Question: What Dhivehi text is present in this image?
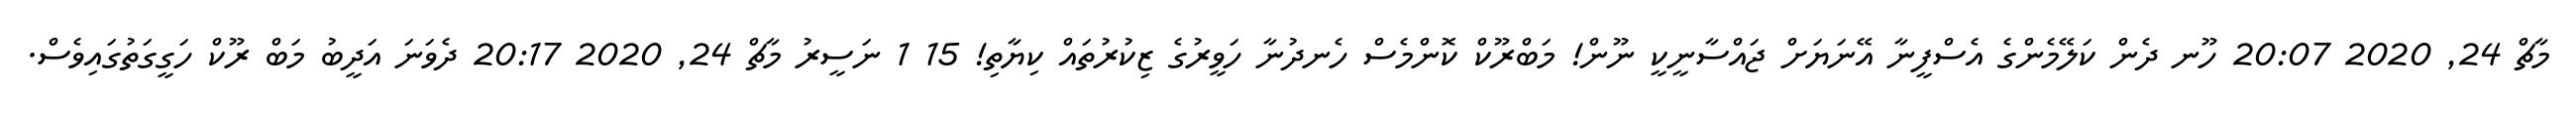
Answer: މާޗް 24, 2020 20:07 ހޫނ ދެން ކަލޭމެންގެ އެސްފީނާ އޭނަޔަށް ޖައްސާނީކީ ނޫން! މަބްރޫކް ކޮންމެސް ހެނދުނާ ހަވީރުގެ ޒިކުރުތައް ކިޔާތި! 15 1 ނަސީރު މާޗް 24, 2020 20:17 ދެވަނަ އަދީބު މަބް ރޫކް ހަގީގަތުގައިވެސް.